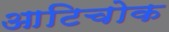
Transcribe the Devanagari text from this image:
आटिचोक